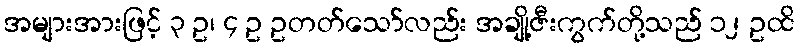
အများအားဖြင့် ၃ ဥ၊ ၄ ဥ ဥတတ်သော်လည်း အချို့ဇီးကွက်တို့သည် ၁၂ ဥထိ